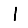
Digit: 1